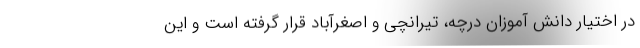
در اختیار دانش آموزان درچه، تیرانچی و اصغرآباد قرار گرفته است و این